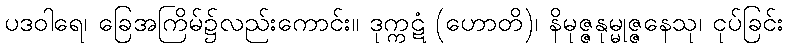
ပဒဝါရေ၊ ခြေအကြိမ်၌လည်းကောင်း။ ဒုက္ကဋံ (ဟောတိ)၊ နိမုဇ္ဇနုမ္မုဇ္ဇနေသု၊ ငုပ်ခြင်း